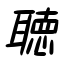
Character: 聴